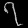
Digit: ၇